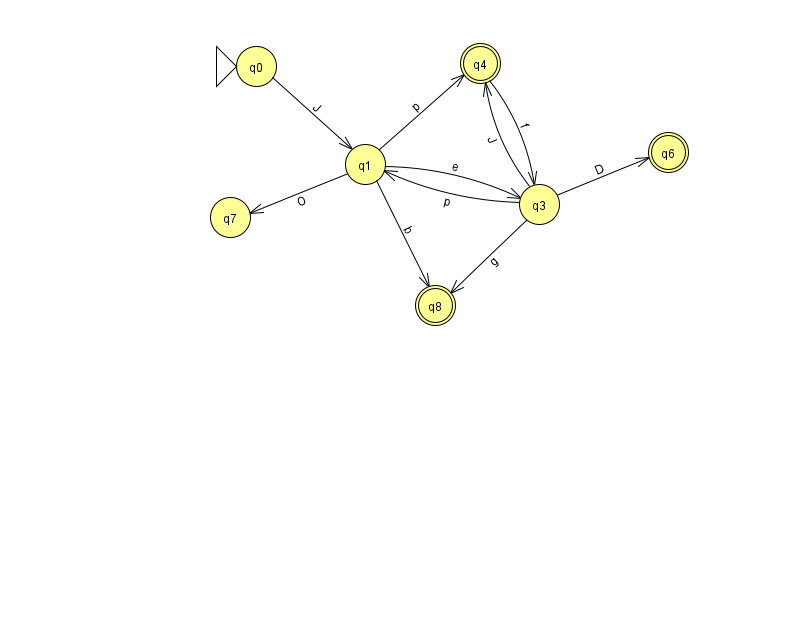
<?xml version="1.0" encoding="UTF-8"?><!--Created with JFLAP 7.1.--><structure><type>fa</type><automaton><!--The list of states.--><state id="0" name="q0"><x>256.0</x><y>53.0</y><initial/></state><state id="1" name="q1"><x>365.0</x><y>151.0</y></state><state id="2" name="q2"><x>966.0</x><y>651.0</y></state><state id="3" name="q3"><x>539.0</x><y>191.0</y></state><state id="4" name="q4"><x>480.0</x><y>50.0</y><final/></state><state id="5" name="q5"><x>961.0</x><y>544.0</y></state><state id="6" name="q6"><x>668.0</x><y>139.0</y><final/></state><state id="7" name="q7"><x>230.0</x><y>204.0</y></state><state id="8" name="q8"><x>435.0</x><y>292.0</y><final/></state><!--The list of transitions.--><transition><from>1</from><to>3</to><read>e</read></transition><transition><from>1</from><to>7</to><read>O</read></transition><transition><from>3</from><to>1</to><read>p</read></transition><transition><from>2</from><to>5</to><read>j</read></transition><transition><from>3</from><to>4</to><read>J</read></transition><transition><from>3</from><to>6</to><read>D</read></transition><transition><from>1</from><to>4</to><read>p</read></transition><transition><from>1</from><to>8</to><read>b</read></transition><transition><from>4</from><to>3</to><read>f</read></transition><transition><from>3</from><to>8</to><read>g</read></transition><transition><from>0</from><to>1</to><read>J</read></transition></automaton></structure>